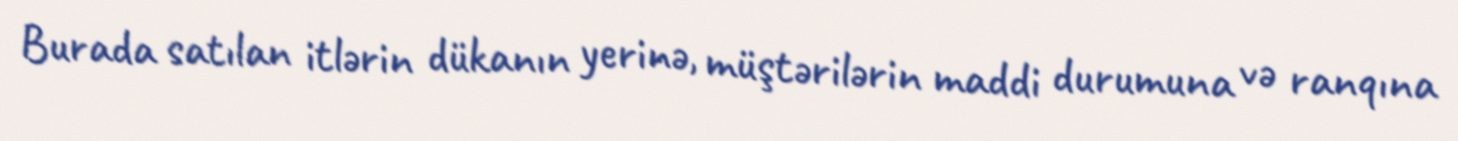
Burada satılan itlərin dükanın yerinə, müştərilərin maddi durumuna və ranqına